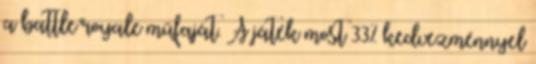
a battle royale műfaját. A játék most 33% kedvezménnyel